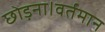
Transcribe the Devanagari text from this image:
छोड़ना।वर्तमान